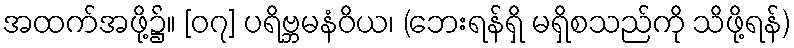
အထက်အဖို့၌။ [၀၇] ပရိဗ္ဘမနံဝိယ၊ (ဘေးရန်ရှိ မရှိစသည်ကို သိဖို့ရန်)